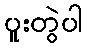
ပူးတွဲပါ